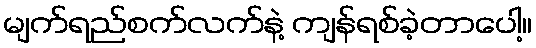
မျက်ရည်စက်လက်နဲ့ ကျန်ရစ်ခဲ့တာပေါ့။